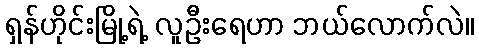
ရှန်ဟိုင်းမြို့ရဲ့ လူဦးရေဟာ ဘယ်လောက်လဲ။